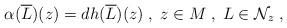
LaTeX: \begin{align*} \alpha(\overline{L})(z) = dh(\overline{L})(z)\;,\;z\in M\;,\;L\in\mathcal{N}_{z}\;,\end{align*}